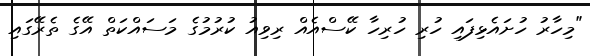
"މިހާރު ހުށައެޅިފައި ހުރި ހުރިހާ ކޭސްއެއް ރިވިއު ކުރުމުގެ މަސައްކަތް އޭގެ ތެރޭގައި